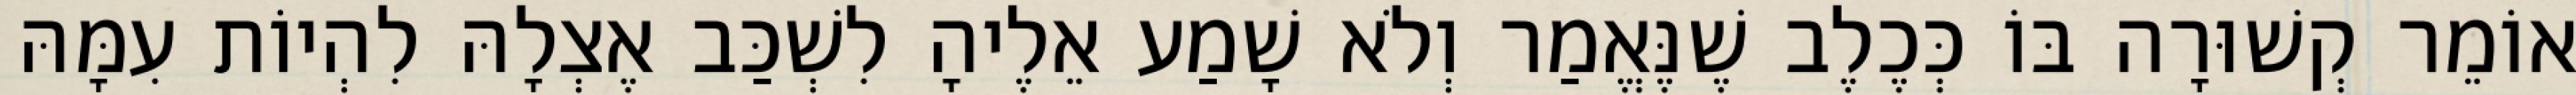
אוֹמֵר קְשׁוּרָה בּוֹ כְּכֶלֶב שֶׁנֶּאֱמַר וְלֹא שָׁמַע אֵלֶיהָ לִשְׁכַּב אֶצְלָהּ לִהְיוֹת עִמָּהּ